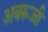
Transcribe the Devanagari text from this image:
अबरूज्जी